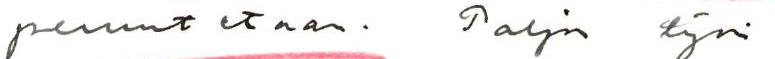
peruutetaan. Paljon työni